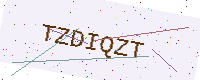
Text: TZDIQZT